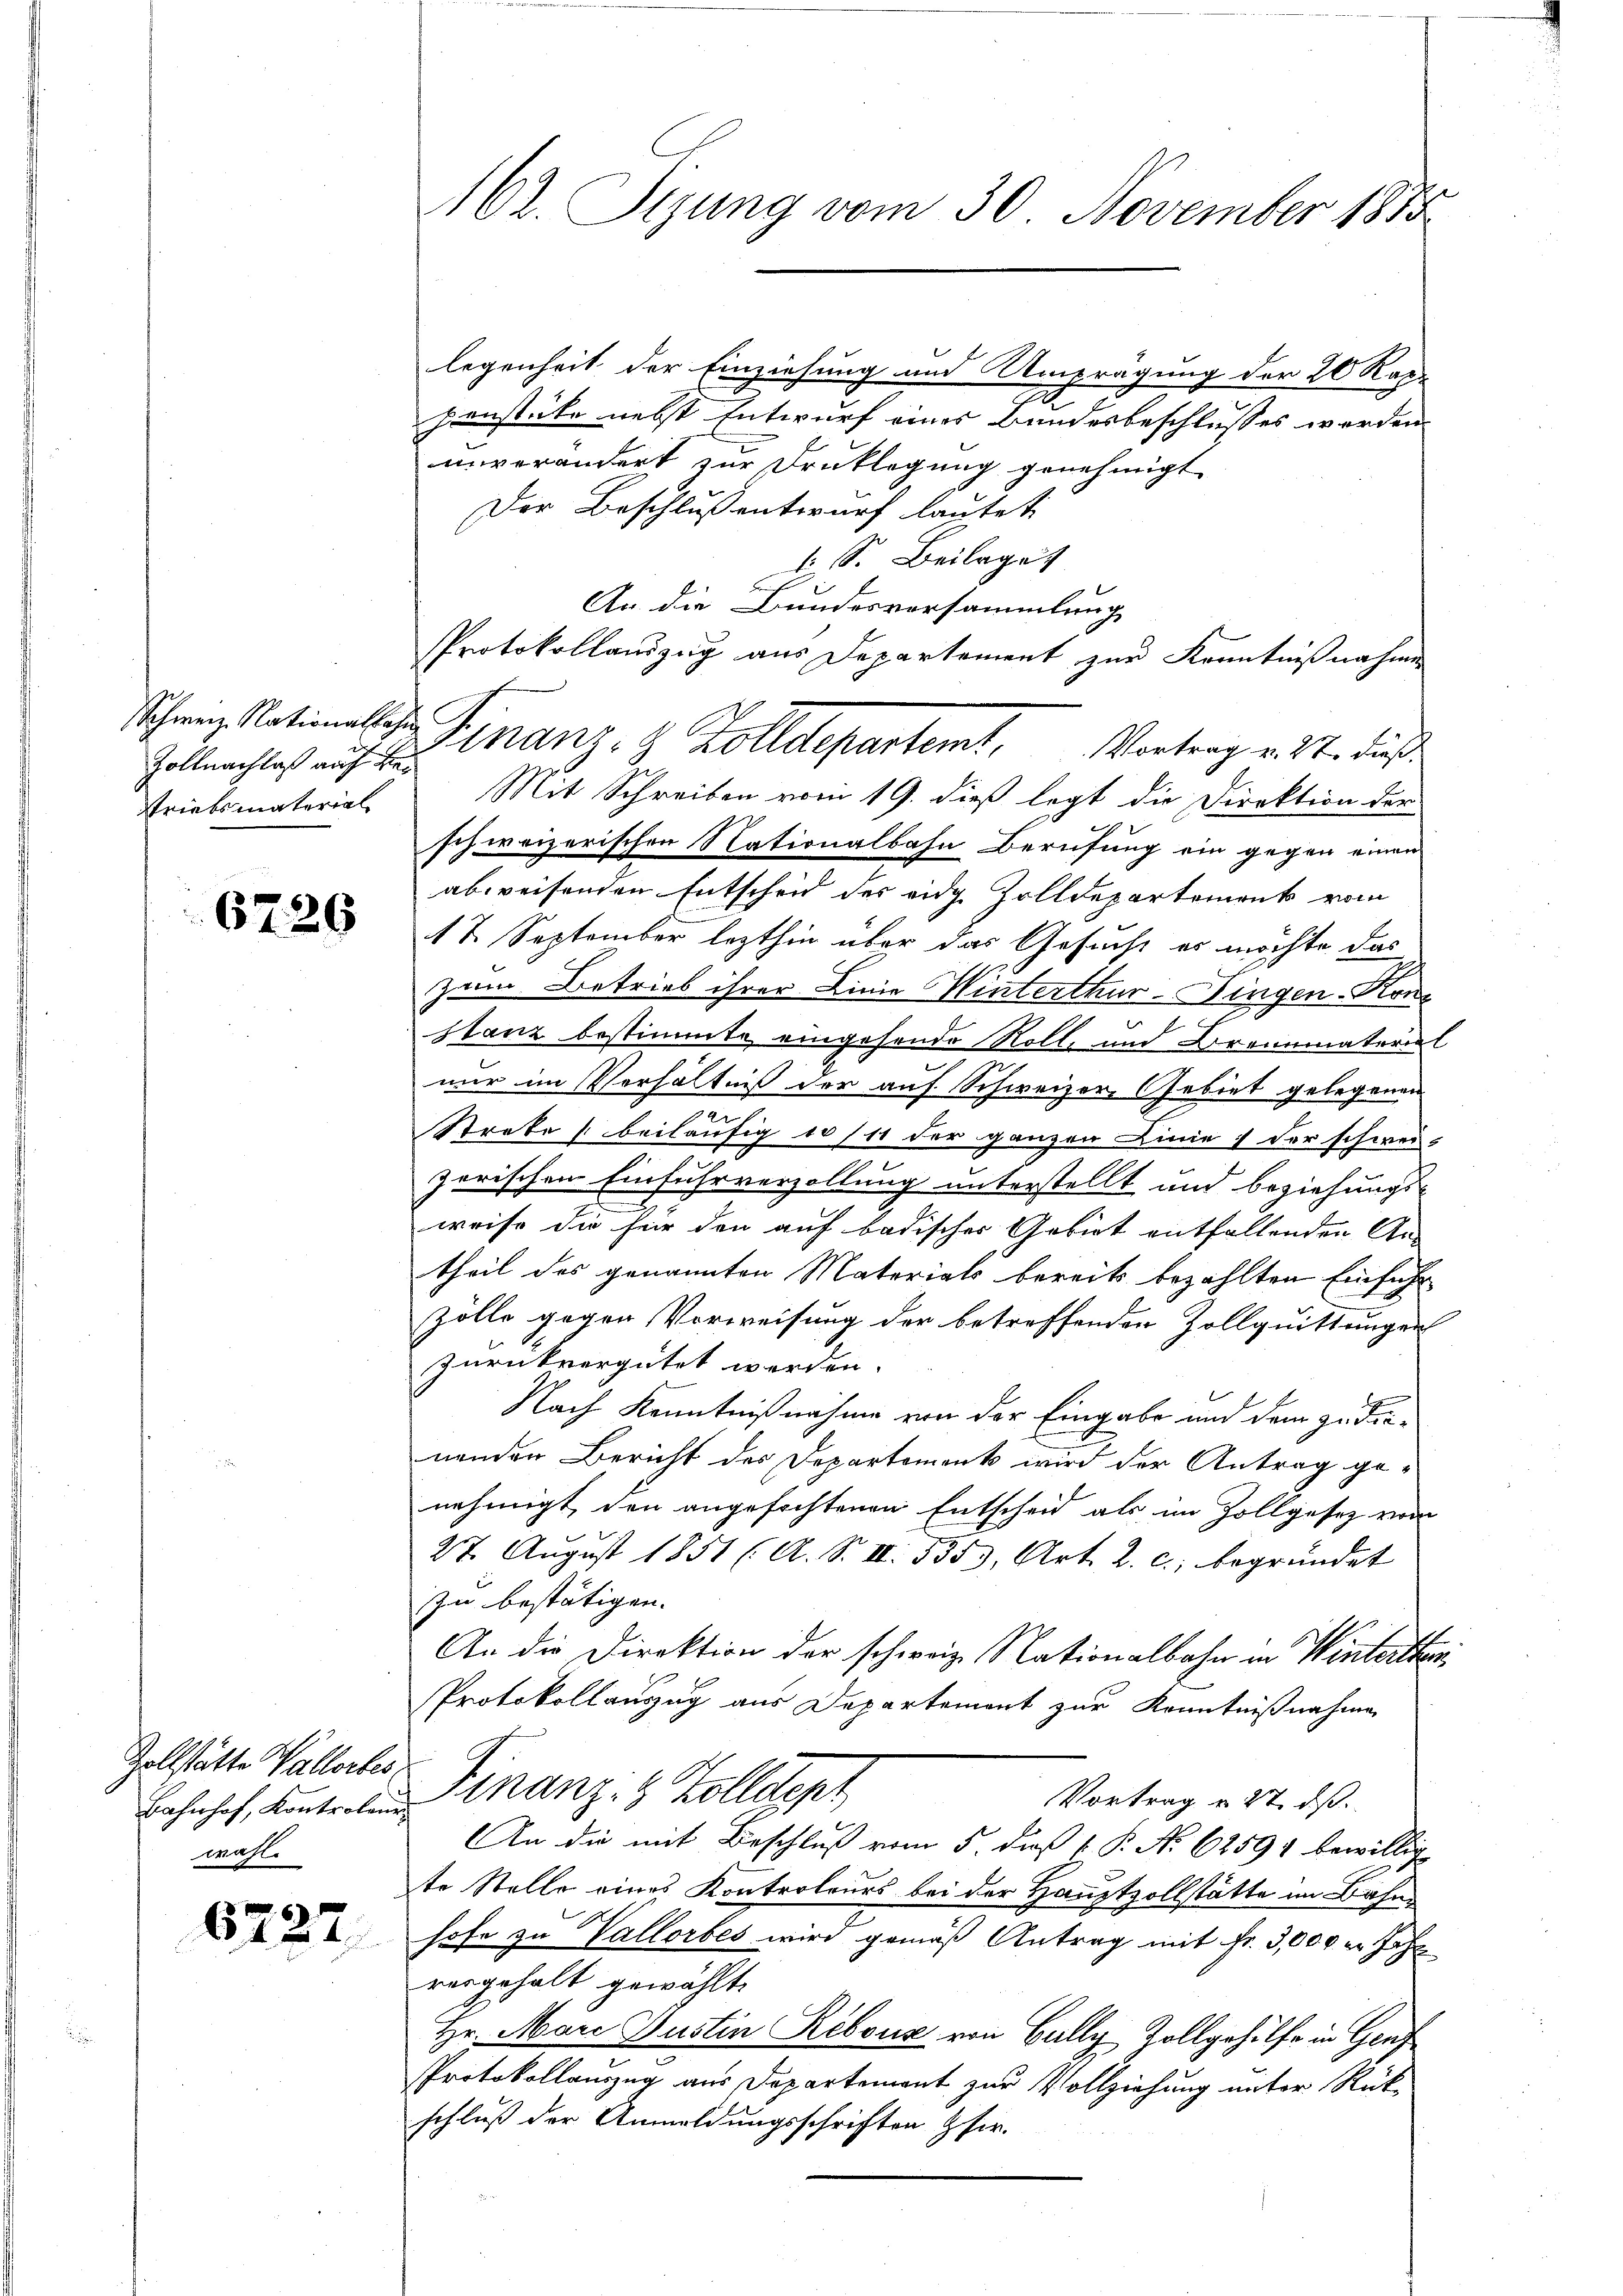
Zollnachlaß auch ver
striebsmaterial

6726

Zollstätte Vallortes
Bahnhof, Kontrolen
wahl.

6222

162. Sigung vom 30. November 1883

legenheit der Einziehung und Umprägung der 20 Rade
g
penstüke nebst Entwurf eines Bundesbeschlusses werden.
unverändert zur Druklegung genehmigt
Der Beschluß entwurf lautet:
l. S. Beilage
An die Bundesversammlung
Mit Schreiben vom 19. dieß legt die Direktion der
schweizerischen Nationalbahn Berufung ein gegen einen
abweisenden Entscheid des eidg Zolldepartement vom
17. September lezthin über das Gesucht es möchte das
zum Betrieb ihrer Linie Winterthur-Fingen-Konstanz bestimmte eingehende Rolle und Brennmaterie
nur im Verhältniß der auf Schweizer, Gebiet gelegenen
Streke beiläufig er /11 der ganzen Linie der schwei-
zerischen Einfuhrverzollung unterstellt und beziehungs-
weise die für den auf badischer Gebiet entfallenden An-
theil des genannten Materials bereits bezahlten Einführ
Zölle gegen Vorweisung der betreffender Zollquittungen
zurückvergütet werden.
Nach Kenntnißnahme von der Eingabe und dem zu dienenden Bericht des Departement wird der Antrag ge-
nehmigt, den angefochtenen Entscheid als im Zollgesez vom
27. Aŭgŭst 1851 (A. S. II. 5553, Art. 2. c., begründet
zu bestätigen.
An die Direktion der schweiz. Nationalbahn in Winterther
Protokollauszug aus Departement zur Kenntnißnahme
Finanz- 8 Zolldept
Vortrag u. 27. ds.
An die mit Beschluß vom 5. daß P. No 62591 bewillig
te Stelle eines Kontroleurs bei der Hauptzollstätte im Bahnhofe zu Vallorbes wird gemäß Antrag mit Fr. 3,000 m Jahr
vergehalt gewählt.
Hr. Mare Justin Rebous von Bally Zollgehilfe in Genf
Protokollauszug aus Departement zur Vollziehung unter Rück-
schluß der Anmeldungsschriften pfir-

PProtokollauszug aus Departement zur Kenntnißnahmen
Schnen Nationale Finanz- & Zolldepartemt. Vortrag v. Mt. dieß